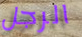
الرجل